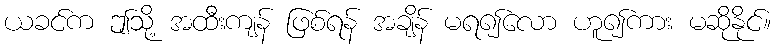
ယခင်က ဤသို့ အထီးကျန် ဖြစ်ရန် အချိန် မရ၍လော ဟူ၍ကား မဆိုနိုင်။